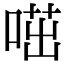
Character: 𠷅